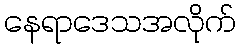
နေရာဒေသအလိုက်